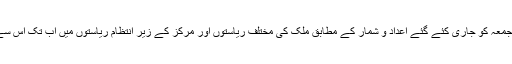
بھارت کے مرکزی صحت اور خاندانی بہبود کی وزارت کی جانب سے جمعہ کو جاری کئے گئے اعداد و شمار کے مطابق ملک کی مختلف ریاستوں اور مرکز کے زیر انتظام ریاستوں میں اب تک اس سے 165799 لوگ متاثر ہوئے ہیں اور 4706 لوگوں کی موت ہوئی ہے۔